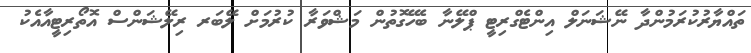
ތައްޔާރުކުރަމުންދާ ނޭޝަނަލް އިންޓެގްރިޓީ ޕްލޭނާ ބެހޭގޮތުން މަޝްވަރާ ކުރުމަށް ލޭބަރ ރިލޭޝަންސް އޮތޯރިޓީއާއެކު